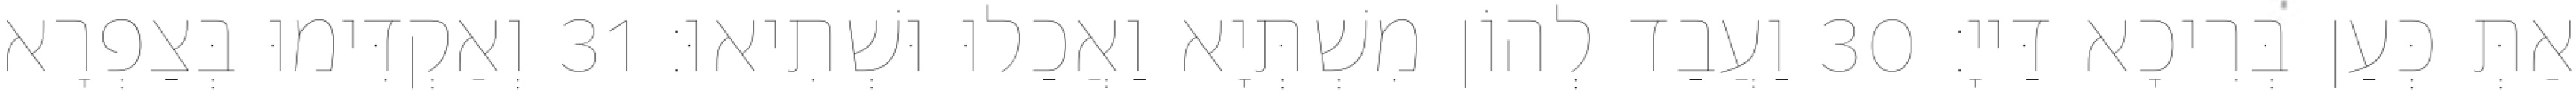
אַתְּ כְּעַן בְּרִיכָא דַּייָ׃ 30 וַעֲבַד לְהוֹן מִשְׁתְּיָא וַאֲכַלוּ וּשְׁתִיאוּ׃ 31 וְאַקְדִּימוּ בְּצַפְרָא